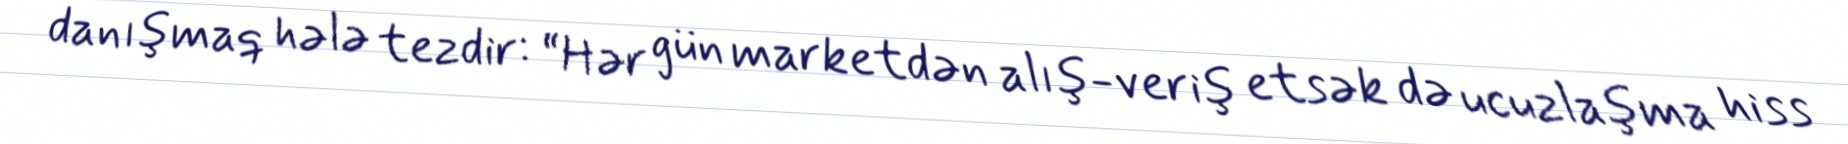
danışmaq hələ tezdir: “Hər gün marketdən alış-veriş etsək də ucuzlaşma hiss